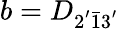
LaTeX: b=D_{2^{'}\bar{1}3^{'}}